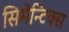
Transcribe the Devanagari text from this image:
सिमेन्टिक्स